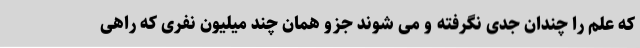
که علم را چندان جدی نگرفته و می شوند جزو همان چند میلیون نفری که راهی